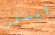
ويسلر